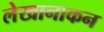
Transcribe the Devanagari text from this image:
लेखानाकन